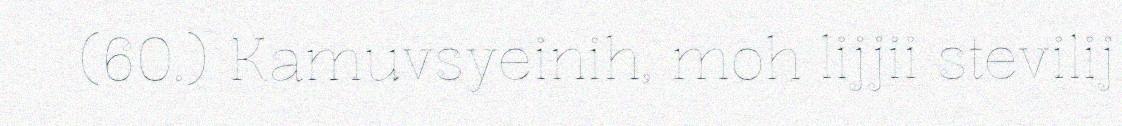
(60.) Kamuvsyeinih, moh lijjii stevilij